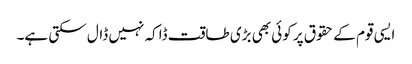
ایسی قوم کے حقوق پر کوئی بھی بڑی طاقت ڈاکہ نہیں ڈال سکتی ہے۔